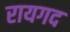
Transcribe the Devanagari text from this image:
रायगद